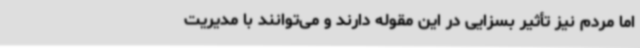
اما مردم نیز تأثیر بسزایی در این مقوله دارند و می‌توانند با مدیریت